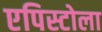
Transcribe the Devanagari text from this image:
एपिस्टोला